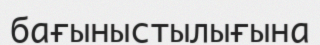
бағыныстылығына